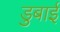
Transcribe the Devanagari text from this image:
डुबाई